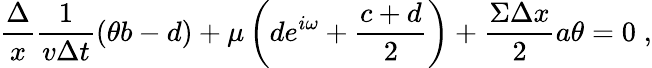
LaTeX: \frac{\Delta}{x}\frac{1}{v\Delta t}(\theta b-d)+\mu\left(de^{i\omega}+\frac{c+d}{2}\right)+\frac{\Sigma\Delta x}{2}a\theta=0\; ,